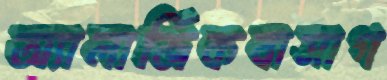
অ্যালার্জিকবাসাগ